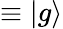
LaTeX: \equiv\left|g\right\rangle